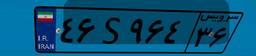
۸۹S۵۹۸۷۴